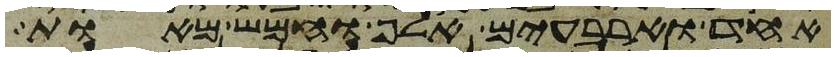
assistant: אחד וארבעים אלף וחמש מאות